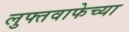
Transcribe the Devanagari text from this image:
लुफ्तवाफेच्या